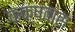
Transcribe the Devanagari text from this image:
कक्षवास